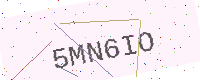
Text: 5MN6IO